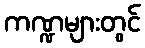
ကဏ္ဍများတွင်